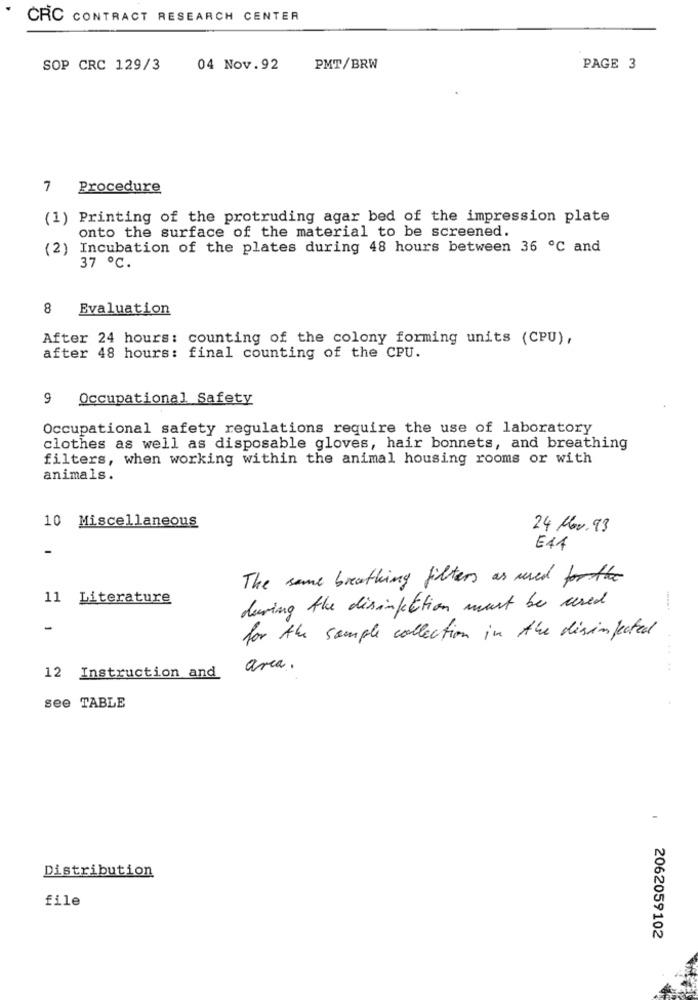
CRC CONTRACT RESEARCH CENTER
SOP CRC 129/3
04 Nov.92
PMT/BRW
PAGE 3
7 Procedure
(1) Printing of the protruding agar bed of the impression plate
onto the surface of the material to be screened.
(2) Incubation of the plates during 48 hours between 36 ℃ and
37 ºC.
8
Evaluation
After 24 hours: counting of the colony forming units (CPU),
after 48 hours: final counting of the CPU.
9 Occupational Safety
Occupational safety regulations require the use of laboratory
clothes as well as disposable gloves, hair bonnets, and breathing
filters, when working within the animal housing rooms or with
animals.
10 Miscellaneous
24 Mar.93
-
E47
The same breathing filters as used forthe
11 Literature
during the disinfection must be used
-
for the sample collection in the disinfected
area .
.....
12 Instruction and
see TABLE
Distribution
file
2062059102